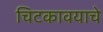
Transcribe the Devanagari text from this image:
चिटकावयाचे